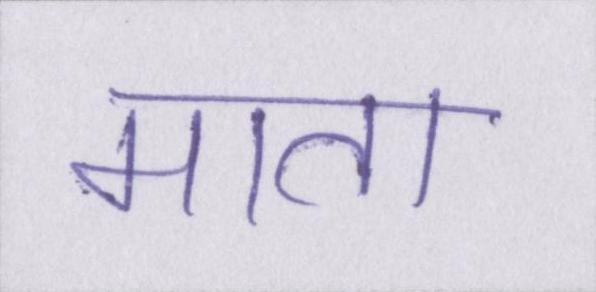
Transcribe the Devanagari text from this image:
माता